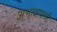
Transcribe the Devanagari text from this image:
अभावापायी